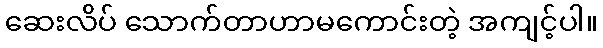
ဆေးလိပ် သောက်တာဟာမကောင်းတဲ့ အကျင့်ပါ။